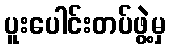
ပူးပေါင်းတပ်ဖွဲ့မှ